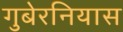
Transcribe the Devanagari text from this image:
गुबेरनियास